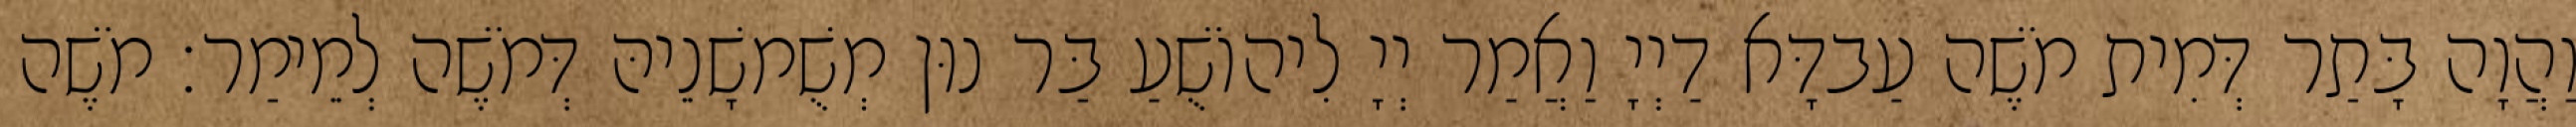
וַהֲוָה בָּתַר דְּמִית מֹשֶׁה עַבדָּא דַיְיָ וַאֲמַר יְיָ לִיהוֹשֻׁעַ בַּר נוּן מְשֻׁמשָׁנֵיהּ דְּמֹשֶׁה לְמֵימַר׃ מֹשֶׁה